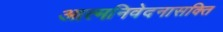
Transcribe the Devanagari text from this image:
आत्मनिवेदनासक्ति